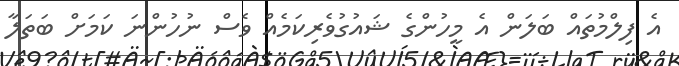
އެ ފިލްމުތައް ބަލަން އެ މީހުންގެ ޝައުގުވެރިކަމެއް ވެސް ނުހުންނަ ކަމަށް ބަތަލާ